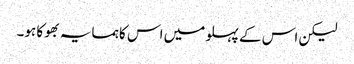
لیکن اس کے پہلو میں اس کا ہمسایہ بھوکا ہو۔